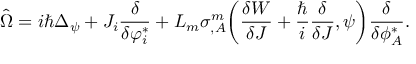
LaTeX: \hat { \Omega } = i \hbar \Delta _ { \psi } + { \cal J } _ { i } \frac { \delta } { \delta \varphi _ { i } ^ { * } } + L _ { m } \sigma _ { , A } ^ { m } \bigg ( \frac { \delta { \cal W } } { \delta { \cal J } } + \frac { \hbar } { i } \frac { \delta } { \delta { \cal J } } , \psi \bigg ) \frac { \delta } { \delta \phi _ { A } ^ { * } } .